Leaving Certificate Examination (including Day School Certificate (Higher) General paper), 1929
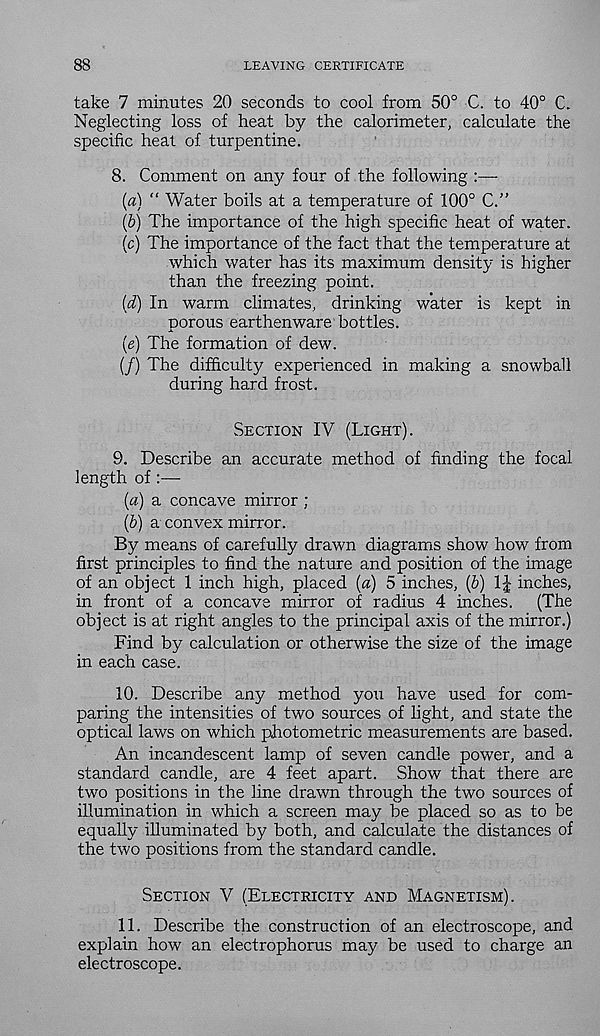
LEAVING CERTIFICATE
take 7 minutes 20 seconds to cool from 50° C. to 40° C
Neglecting loss of heat by the calorimeter, calculate the
specific heat of turpentine.
8. Comment on any four of the following :—
(a) “ Water boils at a temperature of 100° C.”
(b) The importance of the high specific heat of water.
(c) The importance of the fact that the temperature at
which water has its maximum density is higher
than the freezing point.
(d) In warm climates, drinking water is kept in
porous earthenware bottles.
(e) The formation of dew.
(/) The difficulty experienced in making a snowball
during hard frost.
Section IV (Light).
9. Describe an accurate method of finding the focal
length of :—
(a) a concave mirror ;
(b) a convex mirror.
By means of carefully drawn diagrams show how from
first principles to find the nature and position of the image
of an object 1 inch high, placed (a) 5 inches, (b) 1J inches,
in front of a concave mirror of radius 4 inches.
(The
object is at right angles to the principal axis of the mirror.)
Find by calculation or otherwise the size of the image
in each case.
10. Describe any method you have used for com-
paring the intensities of two sources of light, and state the
optical laws on which photometric measurements are based.
An incandescent lamp of seven candle power, and a
standard candle, are 4 feet apart. Show that there are
two positions in the line drawn through the two sources of
illumination in which a screen may be placed so as to be
equally illuminated by both, and calculate the distances of
the two positions from the standard candle.
Section V (Electricity and Magnetism).
11. Describe the construction of an electroscope, and
explain how an electrophorus may be used to charge an
electroscope.